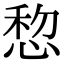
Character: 㥎